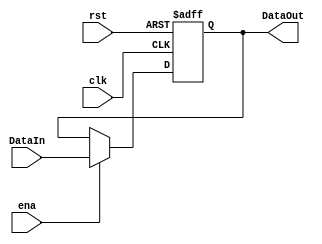
`timescale 1ns / 1ps
//////////////////////////////////////////////////////////////////////////////////
// Company: 
// Engineer: 
// 
// Design Name: 
// Module Name:    Reg10bits 
// Project Name: 
// Target Devices: 
// Tool versions: 
// Description: 
//
// Dependencies: 
//
// Revision: 
// Revision 0.01 - File Created
// Additional Comments: 
//
//////////////////////////////////////////////////////////////////////////////////
module Reg10bits(input clk,input rst,input ena,input [9:0] DataIn,output reg [9:0] DataOut);


always @(posedge clk, posedge rst)
	begin
		if (rst)
			DataOut = 10'b0;
		else
			begin
				if (ena)
					DataOut = DataIn;
			end
	end
endmodule